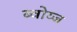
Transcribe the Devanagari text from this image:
ब्वोय्ज